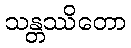
သန္တဿိတော